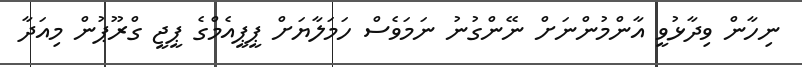
ނިހާން ވިދާޅުވީ އާންމުންނަށް ނޭންގުނު ނަމަވެސް ހަމަލާޔަށް ޕީޕީއެމްގެ ޕީޖީ ގްރޫޕުން މިއަދާ